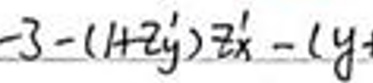
\(- 3 - ( 1 + 2 y ) = x ^ { \prime } - 4 y\)